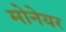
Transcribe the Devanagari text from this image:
मोनेयर